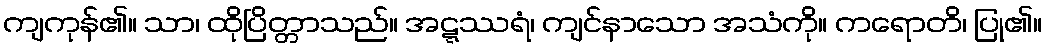
ကျကုန်၏။ သာ၊ ထိုပြိတ္တာသည်။ အဋ္ဋဿရံ၊ ကျင်နာသော အသံကို။ ကရောတိ၊ ပြု၏။